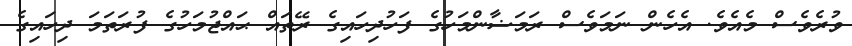
ވުރެވެސް މެއެވެ. އެހެން ނަމަވެސް ރަމަޟާންމަހުގެ ފަހުދިހައިގެ ރޭތައް ޙައްޖުމަހުގެ ފުރަތަމަ ދިހައިގެ